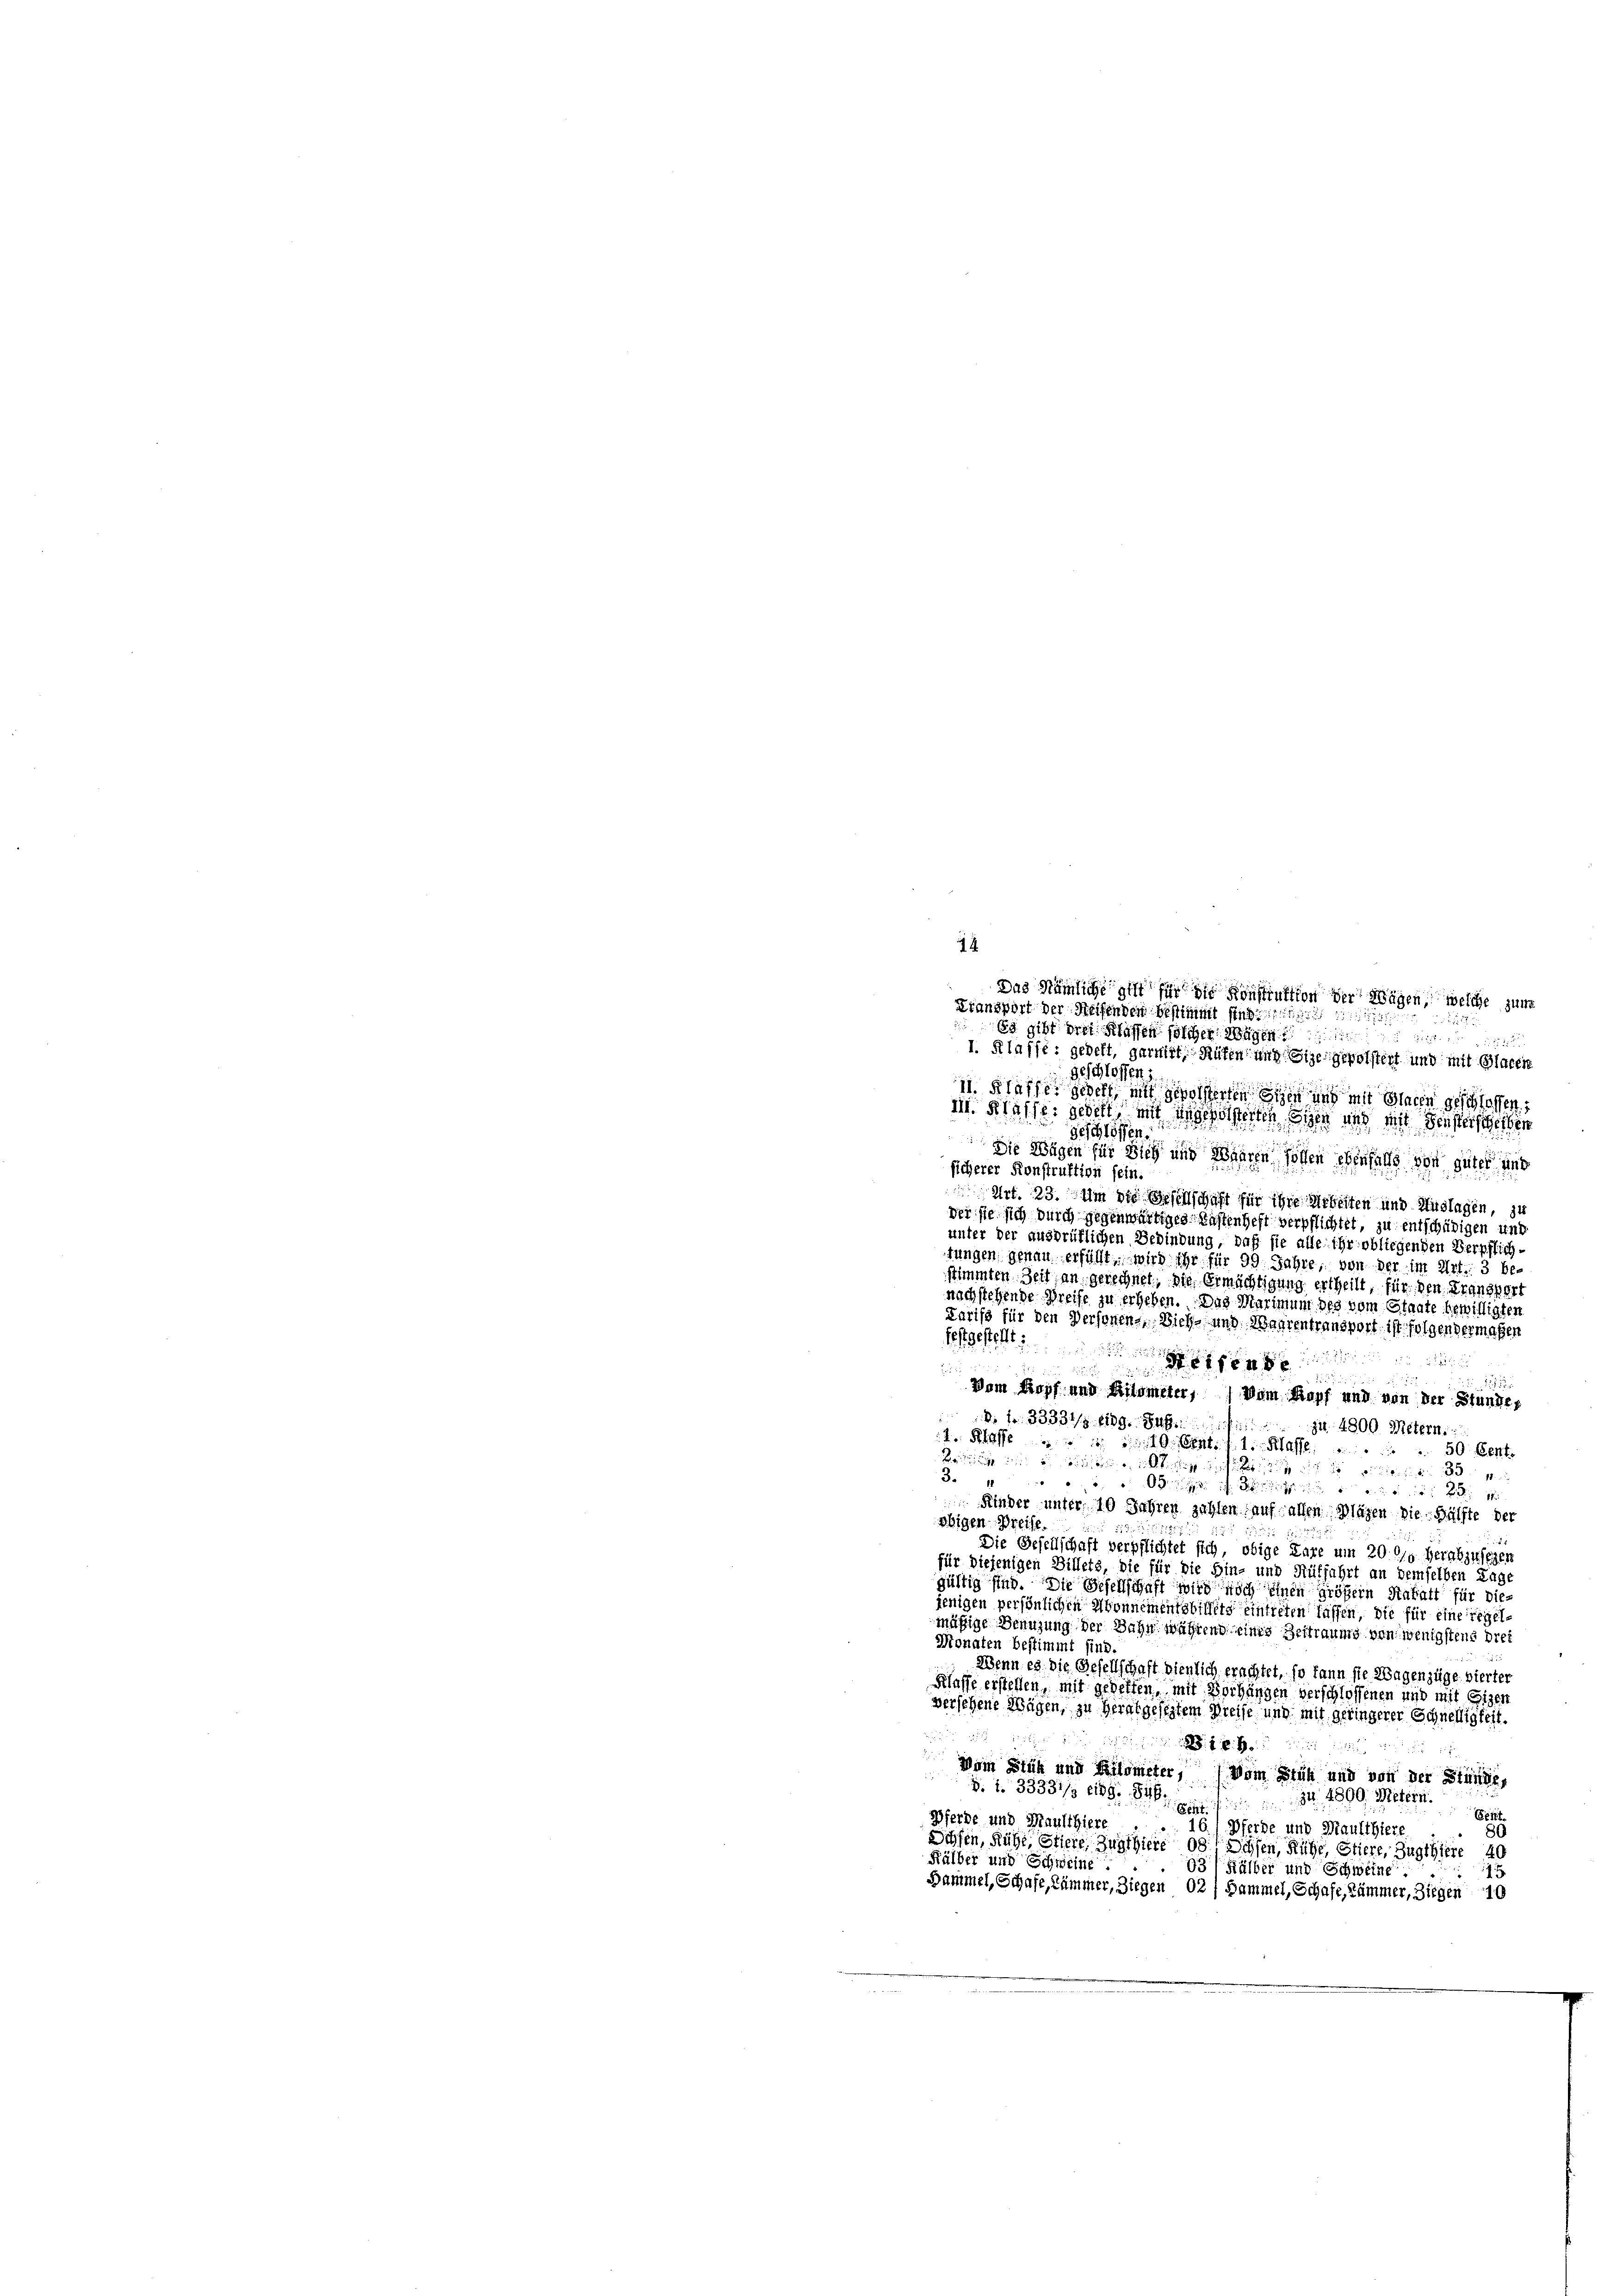
14

Das Nämliche gilt für die Konstruktion der Wägen, welche zum
Fransport der Seifenden bestimmt sind
d
Es gibt drei Klassen solcher Wagen
I. Klaffe: gedelt, garnirt, Rüfen, und Sie gepolstert und mit Blacere
geschlossen:
is. Klaffe gedeht, mit gewolsterten Eigen und mit Glacen geschlossen,
ii. Klaffe gebett mit angefolgerten Eigen und mit Fensteischeiben
Geschlossen.
Die Wägen für Sieh und Waaren sollen ebenfalls von guter und
sicherer Konstruktion sein.
Art. 23. Um die Gesellschaft für ihre Arbeiten und Auslagen, zu
der sie sich durch gegenwärtiges Kastenheft verpflichtet, zu entschädigen und
unter der ausbrüflichen Bebindung, daß sie alle ihr obliegenden Verpflich
fungen genau erfüllt, wird ihr für 99 Jahre, von der im Art. 3 bestimmten Zeit an gerechnet, die Ermächtigung ertheilt, für den Transfert
nachstehende Preise zu erheben. Das Marimum des vom Staate bewilligten
Larifs für den Personens, Dich und Waarentransport, ist folgendermaßen
festgesteht

d
Vom Kopf und Kilometer,  Dem Kopf und von der Stundes
d
: 1. 33331/3. Eidg. Sulz
4 4800 Metern:
4 Klasse 10 Art. 1. Klasse
 50 Cent
 elten in der
3.2
 Rinder unter, 10 Jahren zahlen auf allen Plagen die Hälfte der
obigen Preise
2
Die Gesellschaft verpflichtet sich, obige Lare um 20. 619. herabzulegen
für diejenigen Billets, die für die Hin- und Auffahrt an demselben Tags
gültig sind. Die Gesellschaft wird noch einen größern Rabatt für diejenigen persönlichen Abonnementsbillets eintreten lassen, die für eine regelmäßige Benuzung der Bahn während eines Beitraums von wenigstens drei
Monaten bestimmt sind.
Wenn es die Gesellschaft dienlich erachtet, so kann sie Wagenzüge vierter
Klaffe erstellen, mit gebetten, mit Vorhängen verschlossenen und mit Eigen
versehene Wägen, zu Herabgeseztem Preise und mit geringerer Schnelligkeit.
Mitin den sein Mitteil nun in und wie ih
Vom Stich und Kilometer, vom Früh und von der Stunde,
§. 2. 33331/3 189. Si
ei                   34. 4000 Metern
Cert
Pferde und Maulthiere.
16. Pferde und Maulthiere
89
Schfen, fühl, Stiere Zugthiere od. Schen, Kühe, Stiere, Zugthiere 40
Kälber und Schweine
93) Hälber und Schweine
Sammel, Schafe, Kämmer, Ziegen 02 / Sammel, Schafe, Kämmer, Ziegen 10